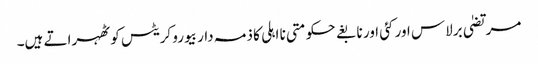
مرتضیٰ برلاس اور کئی اور نابغے حکومتی نا اہلی کا ذمہ دار بیورو کریٹس کو ٹھہراتے ہیں۔